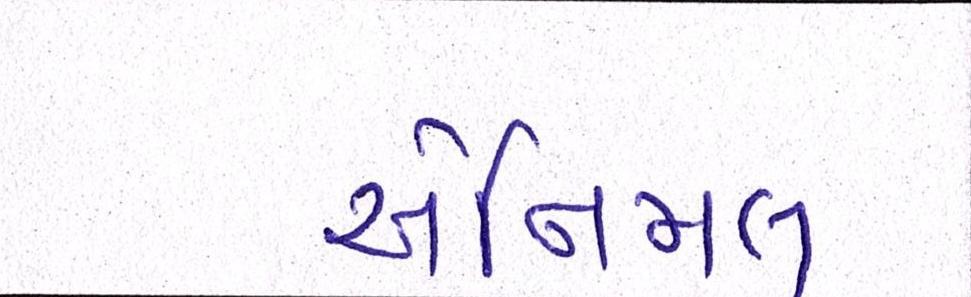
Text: એનિમલ